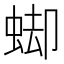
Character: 䖼